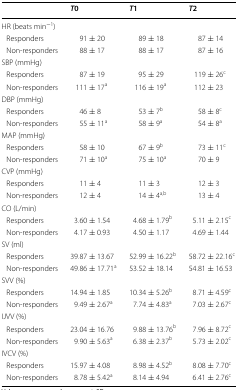
<table><thead><tr><td>[EMPTY_CELL]</td><td><b><i>T</i>0</b></td><td><b><i>T</i>1</b></td><td><b><i>T</i>2</b></td></tr></thead><tbody><tr><td colspan="4">HR (beats min<sup>−1</sup>)</td></tr><tr><td> Responders</td><td>91 ± 20</td><td>89 ± 18</td><td>87 ± 14</td></tr><tr><td> Non-responders</td><td>88 ± 17</td><td>88 ± 17</td><td>87 ± 16</td></tr><tr><td colspan="4">SBP (mmHg)</td></tr><tr><td> Responders</td><td>87 ± 19</td><td>95 ± 29</td><td>119 ± 26<sup>c</sup></td></tr><tr><td> Non-responders</td><td>111 ± 17<sup>a</sup></td><td>116 ± 19<sup>a</sup></td><td>112 ± 23</td></tr><tr><td colspan="4">DBP (mmHg)</td></tr><tr><td> Responders</td><td>46 ± 8</td><td>53 ± 7<sup>b</sup></td><td>58 ± 8<sup>c</sup></td></tr><tr><td> Non-responders</td><td>55 ± 11<sup>a</sup></td><td>58 ± 9<sup>a</sup></td><td>54 ± 8<sup>a</sup></td></tr><tr><td colspan="4">MAP (mmHg)</td></tr><tr><td> Responders</td><td>58 ± 10</td><td>67 ± 9<sup>b</sup></td><td>73 ± 11<sup>c</sup></td></tr><tr><td> Non-responders</td><td>71 ± 10<sup>a</sup></td><td>75 ± 10<sup>a</sup></td><td>70 ± 9</td></tr><tr><td colspan="4">CVP (mmHg)</td></tr><tr><td> Responders</td><td>11 ± 4</td><td>11 ± 3</td><td>12 ± 3</td></tr><tr><td> Non-responders</td><td>12 ± 4</td><td>14 ± 4<sup>a,b</sup></td><td>13 ± 4</td></tr><tr><td colspan="4">CO (L/min)</td></tr><tr><td> Responders</td><td>3.60 ± 1.54</td><td>4.68 ± 1.79<sup>b</sup></td><td>5.11 ± 2.15<sup>c</sup></td></tr><tr><td> Non-responders</td><td>4.17 ± 0.93</td><td>4.50 ± 1.17</td><td>4.69 ± 1.44</td></tr><tr><td colspan="4">SV (ml)</td></tr><tr><td> Responders</td><td>39.87 ± 13.67</td><td>52.99 ± 16.22<sup>b</sup></td><td>58.72 ± 22.16<sup>c</sup></td></tr><tr><td> Non-responders</td><td>49.86 ± 17.71<sup>a</sup></td><td>53.52 ± 18.14</td><td>54.81 ± 16.53</td></tr><tr><td colspan="4">SVV (%)</td></tr><tr><td> Responders</td><td>14.94 ± 1.85</td><td>10.34 ± 5.26<sup>b</sup></td><td>8.71 ± 4.59<sup>c</sup></td></tr><tr><td> Non-responders</td><td>9.49 ± 2.67<sup>a</sup></td><td>7.74 ± 4.83<sup>a</sup></td><td>7.03 ± 2.67<sup>c</sup></td></tr><tr><td colspan="4">IJVV (%)</td></tr><tr><td> Responders</td><td>23.04 ± 16.76</td><td>9.88 ± 13.76<sup>b</sup></td><td>7.96 ± 8.72<sup>c</sup></td></tr><tr><td> Non-responders</td><td>9.90 ± 5.63<sup>a</sup></td><td>6.38 ± 2.37<sup>b</sup></td><td>5.73 ± 2.02<sup>c</sup></td></tr><tr><td colspan="4">IVCV (%)</td></tr><tr><td> Responders</td><td>15.97 ± 4.08</td><td>8.98 ± 4.52<sup>b</sup></td><td>8.08 ± 7.70<sup>c</sup></td></tr><tr><td> Non-responders</td><td>8.78 ± 5.42<sup>a</sup></td><td>8.14 ± 4.94</td><td>6.41 ± 2.76<sup>c</sup></td></tr></tbody></table>